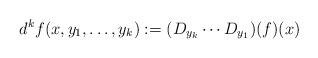
LaTeX: \begin{align*}d^kf(x,y_1,\ldots, y_k):= (D_{y_k}\cdots D_{y_1})(f)(x)\end{align*}